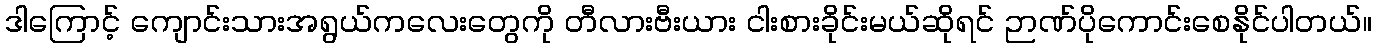
ဒါကြောင့် ကျောင်းသားအရွယ်ကလေးတွေကို တီလားဗီးယား ငါးစားခိုင်းမယ်ဆိုရင် ဉာဏ်ပိုကောင်းစေနိုင်ပါတယ်။